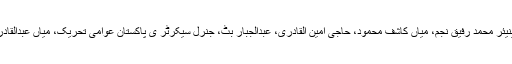
پریس کانفرنس میں ضلعی امیر سید ہدایت رسول قادری، ناظم انجینیئر محمد رفیق نجم، میاں کاشف محمود، حاجی امین القادری، عبدالجبار بٹ، جنرل سیکرٹر ی پاکستان عوامی تحریک، میاں عبدالقادر قادری، رانا طاہر سلیم، رانا نثار احمد شہزاد نے بھی شرکت کی۔